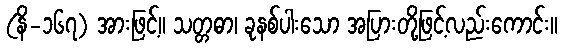
(နိ-၁၆၇) အားဖြင့်။ သတ္တဓာ၊ ခုနစ်ပါးသော အပြားတို့ဖြင့်လည်းကောင်း။